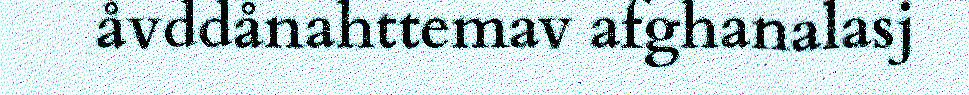
åvddånahttemav afghanalasj